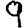
Digit: 9